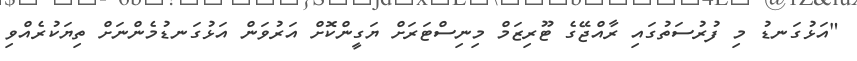
"އަޅުގަނޑު މި ފުރުސަތުގައި ރާއްޖޭގެ ޓޫރިޒަމް މިނިސްޓަރަށް ޔަގީންކޮށް އަރުވަން އަޅުގަނޑުމެންނަށް ތިޔަކުރެއްވި